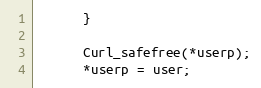
Language: C
      }

      Curl_safefree(*userp);
      *userp = user;